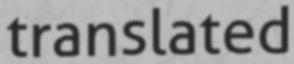
translated